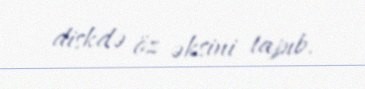
diskdə öz əksini tapıb.